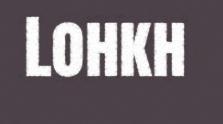
Lohkh